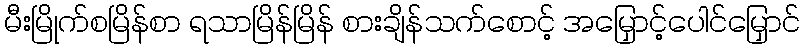
မီးမြိုက်စမြိန်စာ ရသာမြိန်မြိန် စားချိန်သက်စောင့် အမြှောင့်ပေါင်မြှောင်